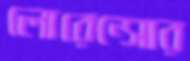
লোরেন্সোর